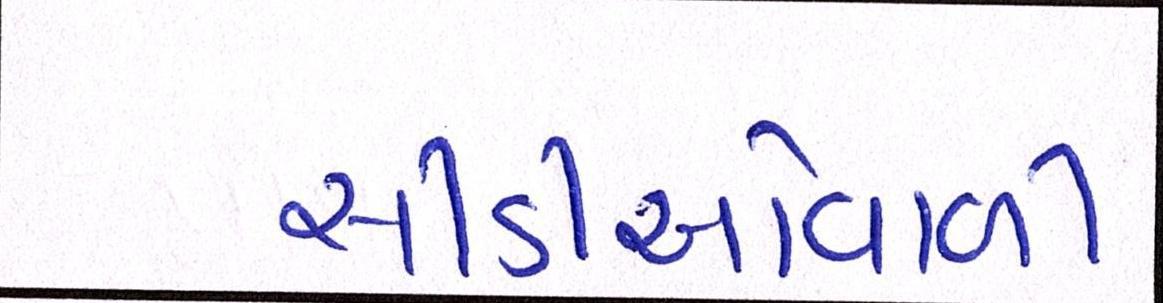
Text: સીડીઓવાળી